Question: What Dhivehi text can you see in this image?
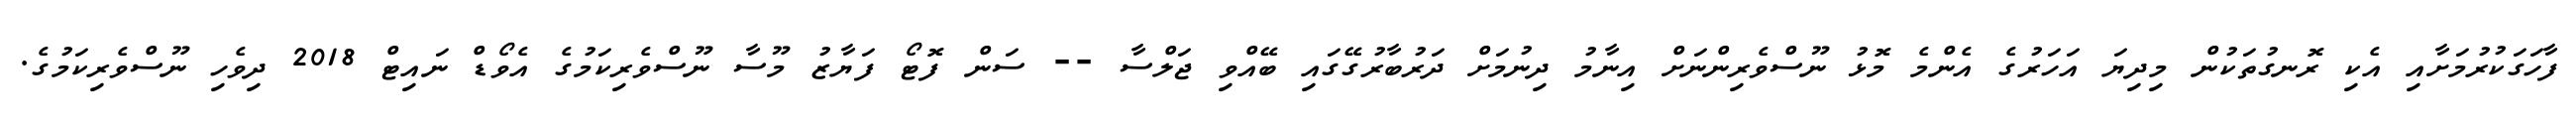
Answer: ފާހަގަކުރުމަށާއި އެކި ރޮނގުތަކުން މިދިޔަ އަހަރުގެ އެންމެ މޮޅު ނޫސްވެރިންނަށް އިނާމު ދިނުމަށް ދަރުބާރުގޭގައި ބޭއްވި ޖަލްސާ -- ސަން ފޮޓޯ ފަޔާޒު މޫސާ ނޫސްވެރިކަމުގެ އެވޯޑް ނައިޓް 2018 ދިވެހި ނޫސްވެރިކަމުގެ.